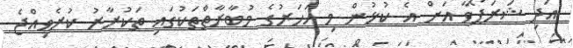
އަދި ޝަރަޕޯވާ އަށް އެ ކުޅުން މި އަހަރުގެ މުުބާރާތްތަކުގައި ތަކުރާރު ކުރެވިއްޖެ